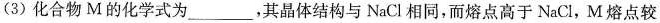
(3)化合物M的化学式为___，其晶体结构与NaCl相同，而熔点高于NaCl，M熔点较